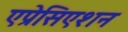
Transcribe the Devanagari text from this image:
एप्रेसिएशन